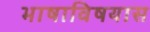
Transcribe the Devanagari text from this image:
भाषाविषयास